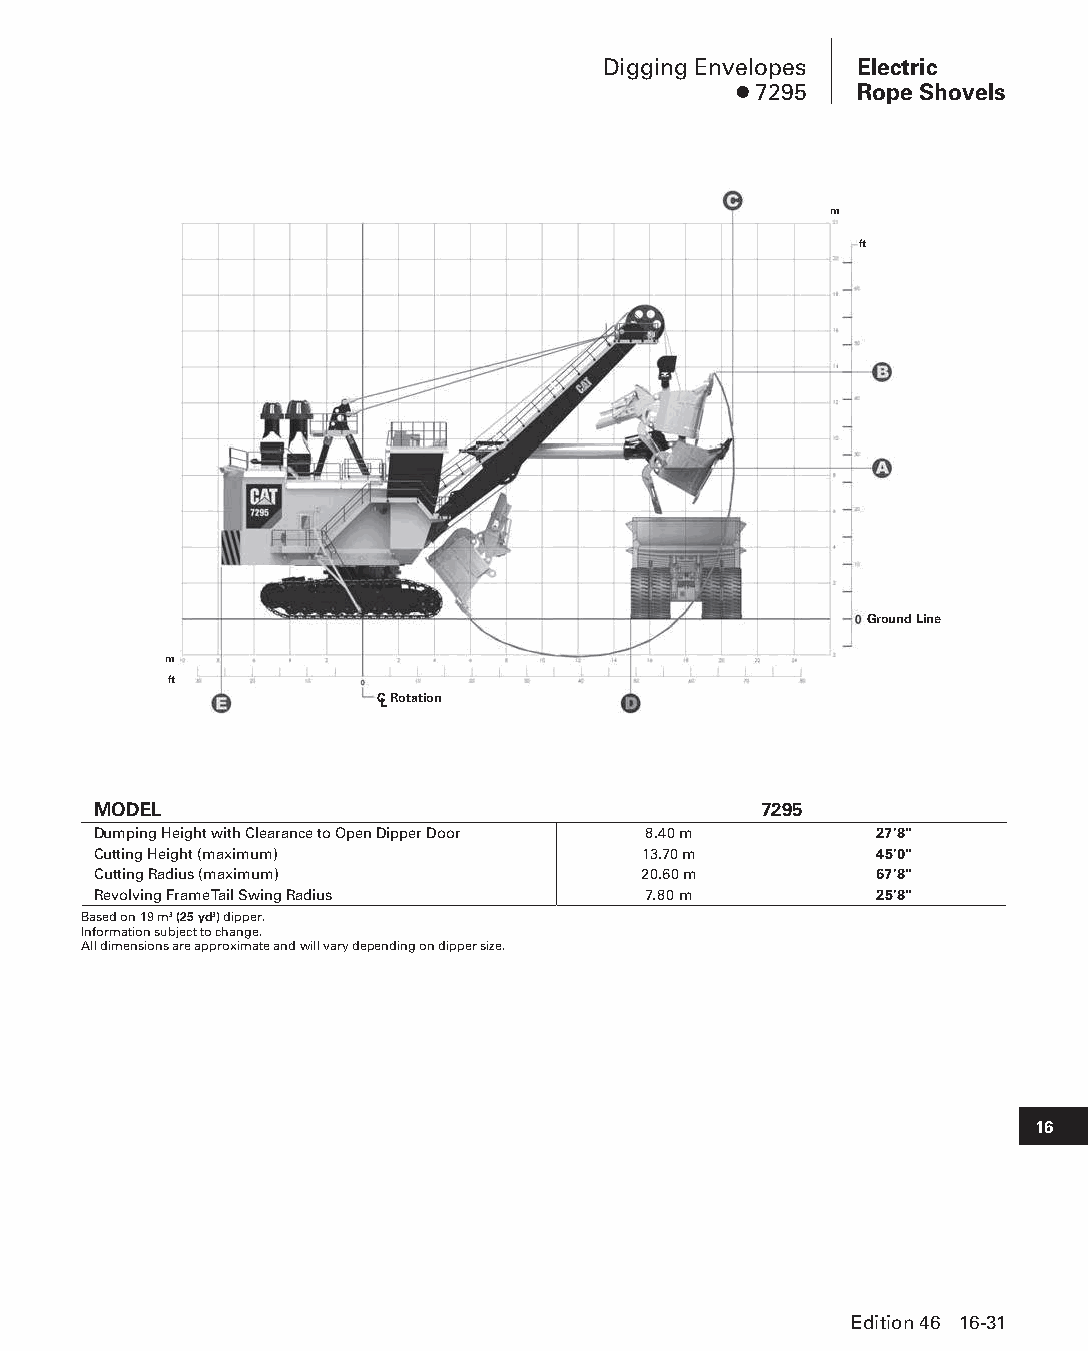
Digging Envelopes Electric
 ● 7295  Rope Shovels
 m
 ft
 Ground Line
 m
 ft
 CL Rotation
 MODEL                                       7295
 Dumping Height with Clearance to Open Dipper Door 8.40 m 27'8"
 Cutting Height (maximum)            13.70 m        45'0"
 Cutting Radius (maximum)            20.60 m        67'8"
 Revolving Frame Tail Swing Radius   7.80 m         25'8"
 Based on 19 m3 (25 yd3) dipper.
 Information subject to change.
 All dimensions are approximate and will vary depending on dipper size.
 16
 Edition 46 16-31
 PPHHBB--SSeecc1166--EElleeccttrriiccRRooppeeSShhoovveellss((ppgg002255--004488))..iinndddd 3311 1122//44//1155 1100::5533 AAMM